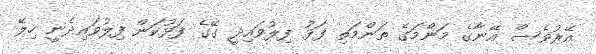
އޭރުވެސް އޭނާގެ މަންމަގެ ތަންމަތި ފަޅު ފިލުވައިދީ ގޭގެ ފަޅުކަން ފިލުވައިދެނީ ހިލޭ